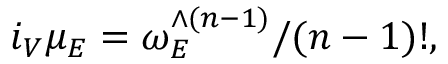
i _ { V } \mu _ { E } = \omega _ { E } ^ { \wedge ( n - 1 ) } / ( n - 1 ) ! ,